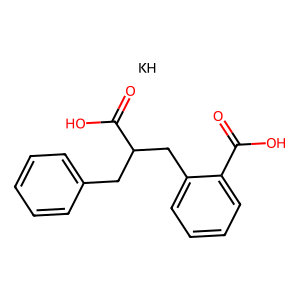
SMILES: O=C(O)c1ccccc1CC(Cc1ccccc1)C(=O)O.[KH]
Inhibits HIV replication: No